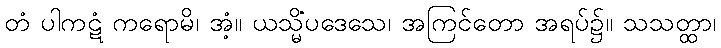
တံ ပါကဋံ ကရောမိ၊ အံ့။ ယသ္မိံပဒေသေ၊ အကြင်တော အရပ်၌။ သသတ္ထာ၊